Annual report on the working of the lock hospitals in the Central Provinces
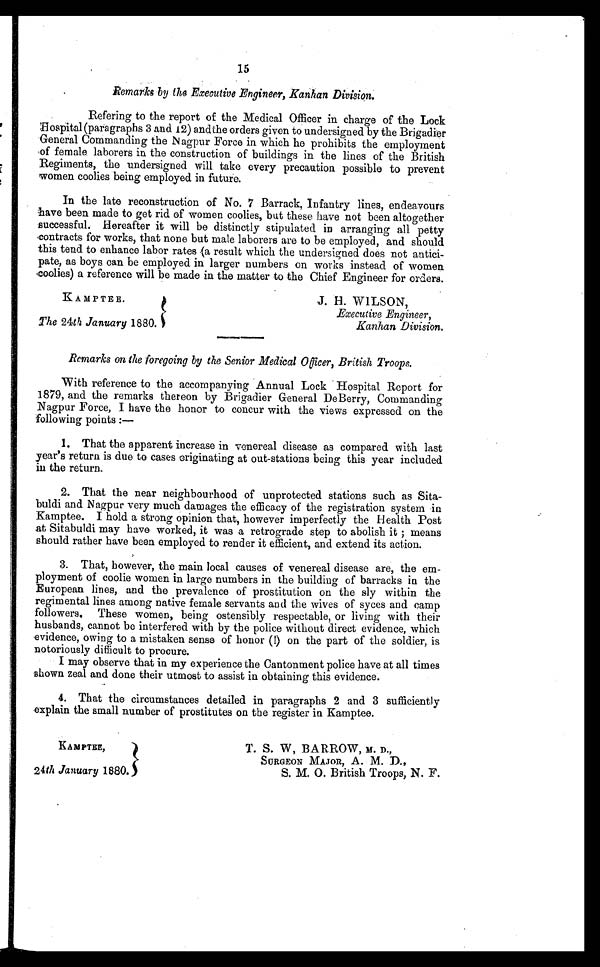
KAMPTEE.
The 24th January 1880.
J. H. -WILSON,
Executive Engineer,
Kanhan Division.
KAMPTEE,
24th January 1880.
T. S. W, BARROW, M. D.,
SURGEON MAJOR, A. M. D.,
S. M. 0. British Troops, N. F.
15
Remarks by the Executive Engineer, Kanhan Division.
Refering to the report of the Medical Officer in charge of the Lock
Hospital (paragraphs 3 and 12) and the orders given to undersigned by the Brigadier
General Commanding the N agpur Force in which he prohibits the employment
of female laborers in the construction of buildings in the lines of the British
Regiments, the undersigned will take every precaution possible to prevent
women coolies being employed in future.
In the late reconstruction of No. 7 Barrack, Infantry lines, endeavours
have been made to get rid of women coolies, but these have not been altogether
successful. Hereafter it will be distinctly stipulated in arranging all petty
contracts for works, that none but male laborers are to be employed, and should
this tend to enhance labor rates (a result which the undersigned does not antici-
pate, as boys can be employed in larger numbers on works instead of women
,coolies) a reference will be made in the matter to the Chief Engineer for orders.
Remarks on the foregoing by the Senior Medical Officer, British Troops.
With reference to the accompanying Annual Lock Hospital Report for
1879, and the remarks thereon by Brigadier General DeBerry, Commanding
Nagpur Force, I have the honor to concur with the views expressed on the
following points :—
1. That the apparent increase in venereal disease as compared with last
year's return is due to cases originating at out-stations being this year included
in the return.
2. That the near neighbourhood of unprotected stations such as Sita-
buldi and Nagpur very much damages the efficacy of the registration system in
Kamptee. I hold a strong opinion that, however imperfectly the Health Post
.at Sitabuldi may have worked, it was a retrograde step to abolish it means
should rather have been employed to render it efficient, and extend its action.
3. That, however, the main local causes of venereal disease are, the em-
ployment of coolie women in large numbers in the building of barracks in the
European lines, and the prevalence of prostitution on the sly within the
regimental lines among native female servants and the wives of syces and camp
followers, These women, being ostensibly respectable, or living with their
husbands, cannot be interfered with by the police without direct evidence, which
evidence, owing to a mistaken sense of honor (!) on the part of the soldier, is
notoriously difficult to procure.
I may observe that in my experience the Cantonment police have at all times
shown zeal and done their utmost to assist in obtaining this evidence.
4. That the circumstances detailed in paragraphs 2 and 3 sufficiently
explain the small number of prostitutes on the register in Kamptee.